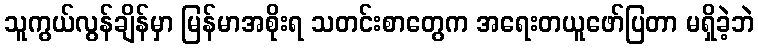
သူကွယ်လွန်ချိန်မှာ မြန်မာအစိုးရ သတင်းစာတွေက အရေးတယူဖော်ပြတာ မရှိခဲ့ဘဲ